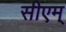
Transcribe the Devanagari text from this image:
सीएम्